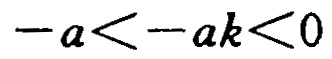
\(-a < -ak < 0\)